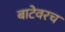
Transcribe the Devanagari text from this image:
बाटेवरच